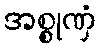
အစ္စုဏှံ